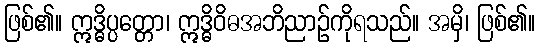
ဖြစ်၏။ ဣဒ္ဓိပ္ပတ္တော၊ ဣဒ္ဓိဝိဓအဘိညာဉ်ကိုရသည်။ အမှိ၊ ဖြစ်၏။